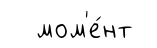
мом'е́нт